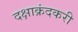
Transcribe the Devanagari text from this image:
दक्षाक्रंदकरी